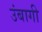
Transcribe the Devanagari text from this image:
उंबागी